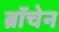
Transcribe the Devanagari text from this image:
ब्रॉचेन